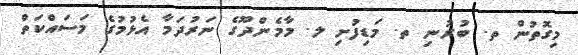
މިގޮތުން ތ. ބުރުނި ތ. މަޑިފުށި ލ. މާމެންދޫގެ ނަރުދަމާ އެޅުމުގެ މަސައްކަތް